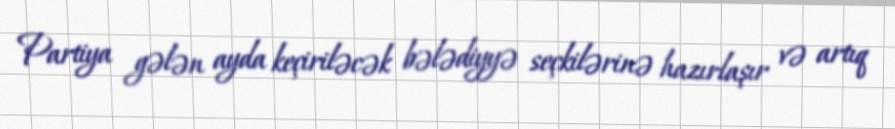
Partiya gələn ayda keçiriləcək bələdiyyə seçkilərinə hazırlaşır və artıq